Civil Veterinary Department Bihar & Orissa reports 1929-36 - 1929-1936
Year: 1929
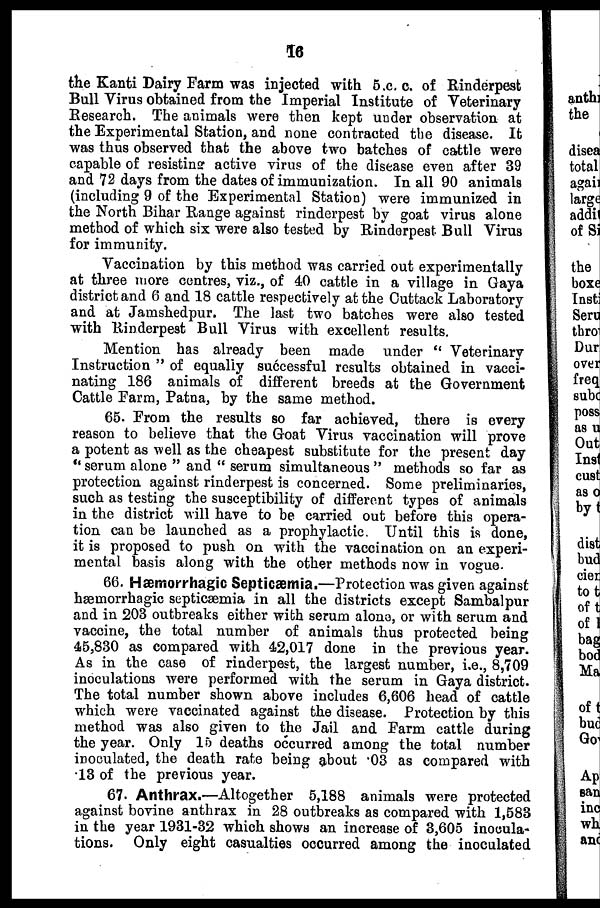
16
the Kanti Dairy Farm was injected with 5.c. c. of Rinderpest
Bull Virus obtained from the Imperial Institute of Veterinary
Research. The animals were then kept under observation at
the Experimental Station, and none contracted the disease. It
was thus observed that the above two batches of cattle were
capable of resisting active virus of the disease even after 39
and 72 days from the dates of immunization. In all 90 animals
(including 9 of the Experimental Station) were immunized in
the North Bihar Range against rinderpest by goat virus alone
method of which six were also tested by Rinderpest Bull Virus
for immunity.
Vaccination by this method was carried out experimentally
at three more centres, viz., of 40 cattle in a village in Gaya
district and 6 and 18 cattle respectively at the Cuttack Laboratory
and at Jamshedpur. The last two batches were also tested
with Rinderpest Bull Virus with excellent results.
Mention has already been made under " Veterinary
Instruction " of equally successful results obtained in vacci-
nating 186 animals of different breeds at the Government
Cattle Farm, Patna, by the same method.
65. From the results so far achieved, there is every
reason to believe that the Goat Virus vaccination will prove
a potent as well as the cheapest substitute for the present day
" serum alone " and " serum simultaneous " methods so far as
protection against rinderpest is concerned. Some preliminaries,
such as testing the susceptibility of different types of animals
in the district will have to be carried out before this opera-
tion can be launched as a prophylactic Until this is done,
it is proposed to push on with the vaccination on an experi-
mental basis along with the other methods now in vogue.
66. Hæmorrhagic Septicæmia.—Protection was given against
hæmorrhagic septicæmia in all the districts except Sambalpur
and in 203 outbreaks either with serum alone, or with serum and
vaccine, the total number of animals thus protected being
45,830 as compared with 42,017 done in the previous year.
As in the case of rinderpest, the largest number, i.e., 8,709
inoculations were performed with the serum in Gaya district.
The total number shown above includes 6,606 head of cattle
which were vaccinated against the disease. Protection by this
method was also given to the Jail and Farm cattle during
the year. Only 15 deaths occurred among the total number
inoculated, the death rate being about 03 as compared with
13 of the previous year.
67. Anthrax.—Altogether 5,188 animals were protected
against bovine anthrax in 28 outbreaks as compared with 1,583
in the year 1931-32 which shows an increase of 3,605 inocula-
tions. Only eight casualties occurred among the inoculated